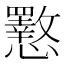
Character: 𭟟